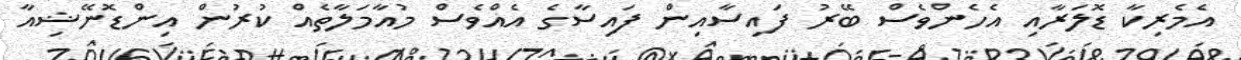
އެމެރިކާ ޑޮލަރާއި އެހެންވެސް ބޭރު ފައިސާއިން ފައިސާގެ އެއްވެސް މުއާމަލާތެއް ކުރުން އިންޑޮނޭޝިއާ